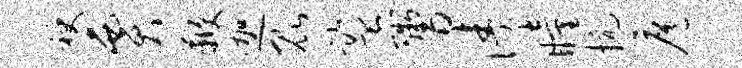
袂贾鞭迦昆监鬻涛瞳抗扈